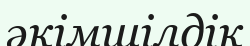
әкімшілдік